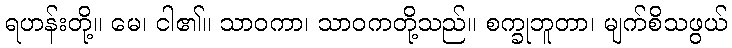
ရဟန်းတို့။ မေ၊ ငါ၏။ သာဝကာ၊ သာဝကတို့သည်။ စက္ခုဘူတာ၊ မျက်စိသဖွယ်